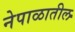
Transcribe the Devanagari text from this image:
नेपाळातील